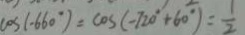
\cos ( - 6 6 0 ^ { \circ } ) = \cos ( - 7 2 0 ^ { \circ } + 6 0 ^ { \circ } ) = \frac { 1 } { 2 }